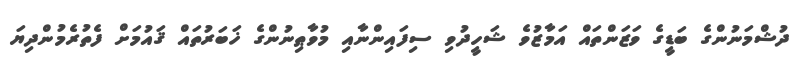
ދުޝްމަނުންގެ ބަޑީގެ ވަޒަންތައް އަމާޒުވެ ޝަހީދުވި ސިފައިންނާއި މުވާޠިނުންގެ ޚަބަރުތައް ޤައުމަށް ފެތުރެމުންދިޔަ